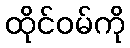
ထိုင်ဝမ်ကို